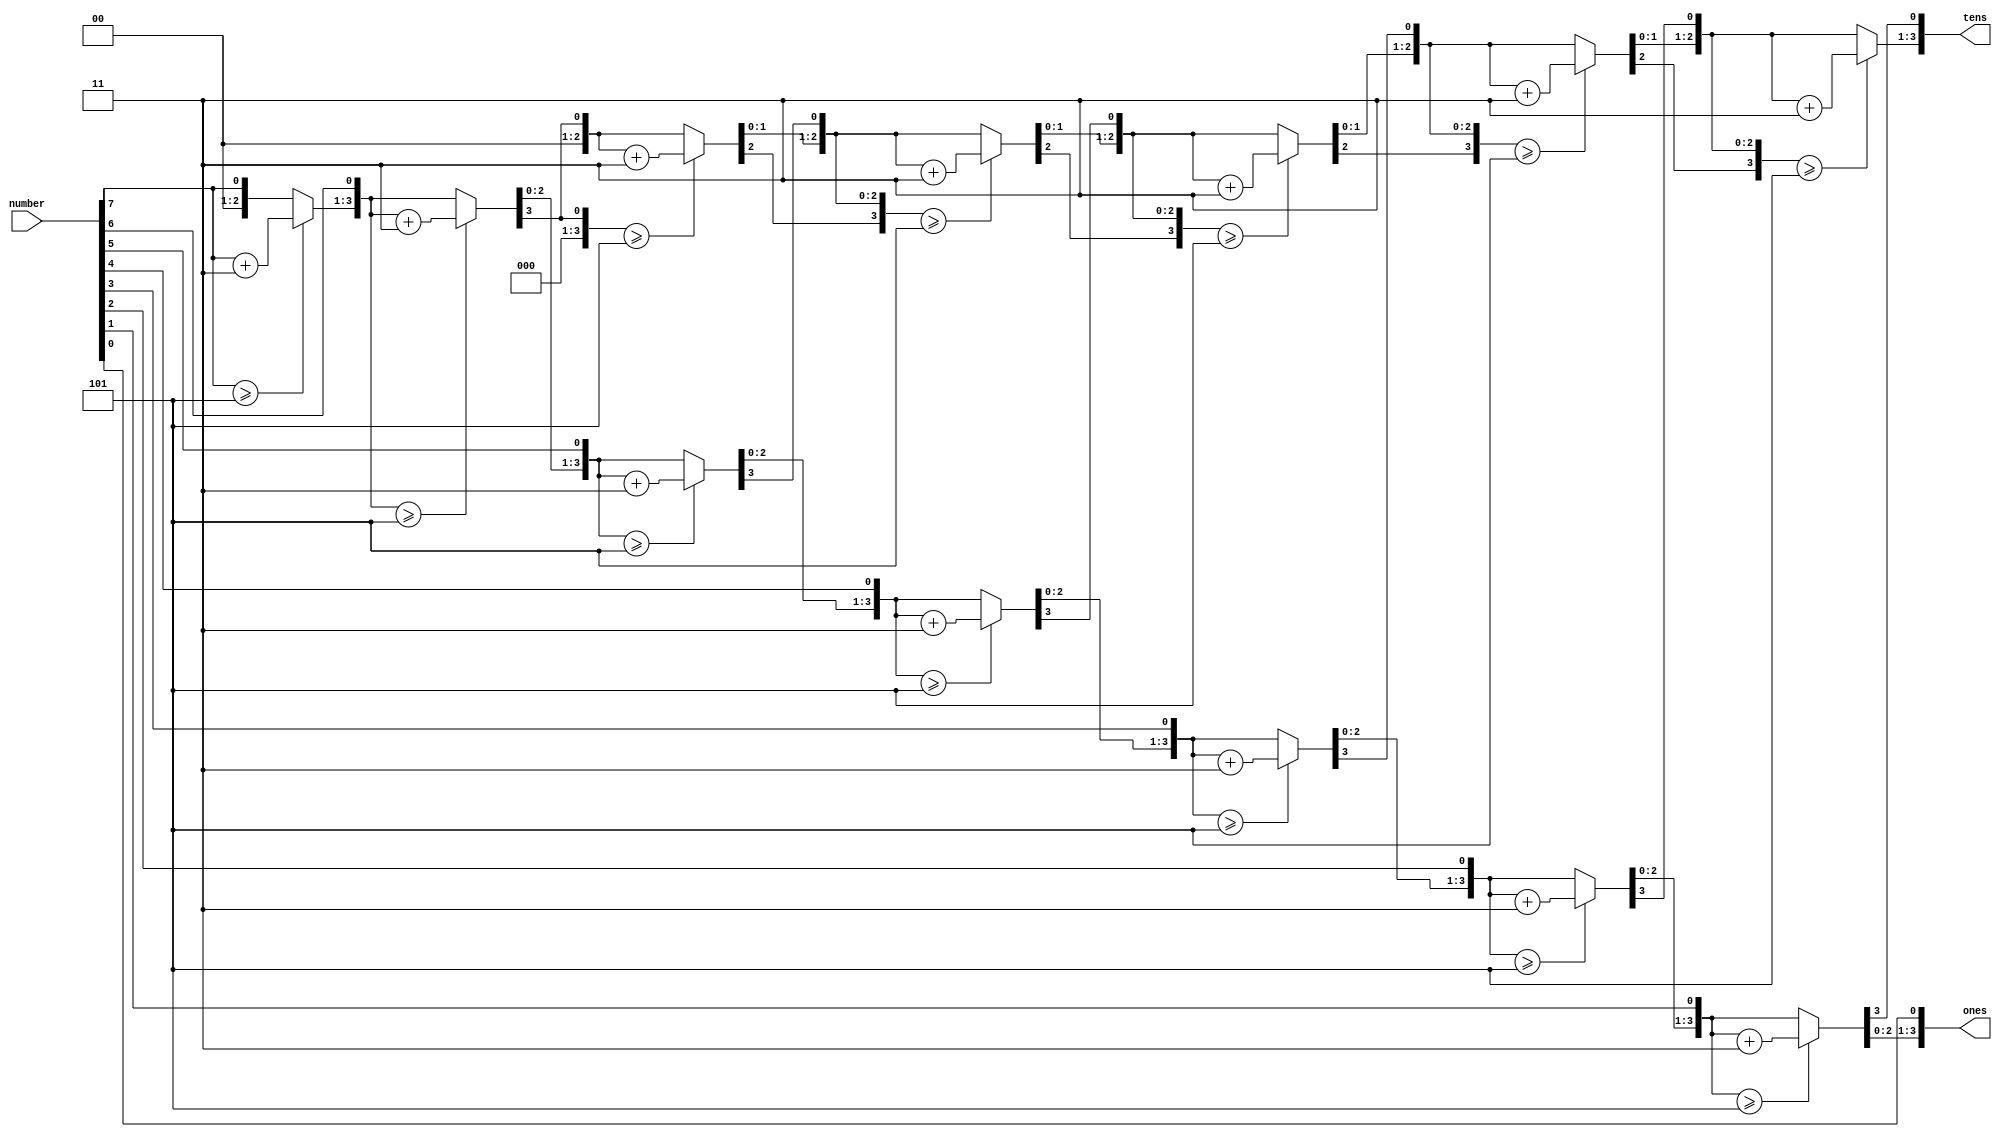
`timescale 1ns / 1ps
//////////////////////////////////////////////////////////////////////////////////
// Company: 
// Engineer: 
// 
// Design Name: 
// Module Name: bin2bcd
// Project Name: 
// Target Devices: 
// Tool Versions: 
// Description: 
// 
// Dependencies: 
// 
// Revision:
// Revision 0.01 - File Created
// Additional Comments:
// 
//////////////////////////////////////////////////////////////////////////////////


module bin2bcd(

   input  [7:0] number,
  // output reg [3:0] thousands,
//   output reg [3:0] hundreds,
   output reg [3:0] tens,
   output reg [3:0] ones
   );
   
   // Internal variable for storing bits
    reg [19:0] shift;
    integer i;
     
     always @(number)
     begin
        // Clear previous number and store new number in shift register
        shift[19:8] = 0;
        shift[7:0] = number;
        
        // Loop eight times
        for (i=0; i<8; i=i+1) begin
           if (shift[11:8] >= 5)
              shift[11:8] = shift[11:8] + 3;
              
           if (shift[15:12] >= 5)
              shift[15:12] = shift[15:12] + 3;
              
           if (shift[19:16] >= 5)
              shift[19:16] = shift[19:16] + 3;
           
           // Shift entire register left once
           shift = shift << 1;
        end
        
        // Push decimal numbers to output
     //   hundreds = shift[19:16];
        tens = shift[15:12];
        ones = shift[11:8];
    //    thousands= 4'b0000;
        
     end
     
 endmodule